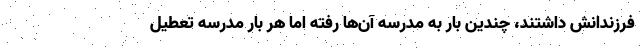
فرزندانش داشتند، چندین بار به مدرسه آن‌ها رفته اما هر بار مدرسه تعطیل